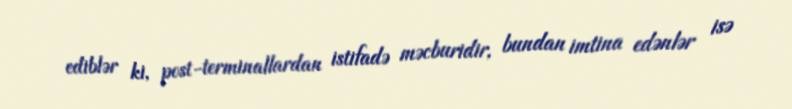
ediblər ki, post-terminallardan istifadə məcburidir, bundan imtina edənlər isə